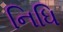
નિધિ